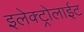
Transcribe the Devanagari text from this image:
इलेक्ट्रोलाईट